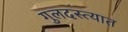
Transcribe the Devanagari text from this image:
गुलदस्त्यात